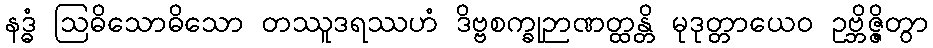
နဒ္ဓံ ဩဓိသောဓိသော တဿူဒရဿဟံ ဒိဗ္ဗစက္ခုဉာဏတ္ထန္တိ မုဒုတ္တာယေဝ ဥဗ္ဘိဇ္ဇိတွာ